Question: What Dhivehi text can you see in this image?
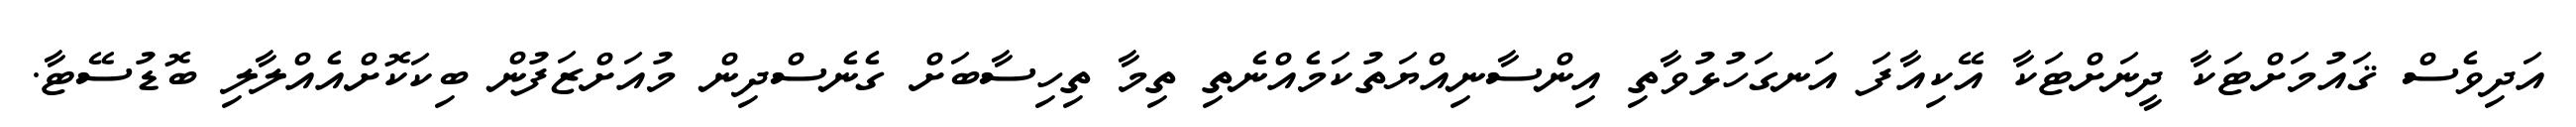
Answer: އަދިވެސް ޤައުމަށްޓަކާ ދީނަށްޓަކާ އޭކިއާފަ އަނގަހުޅުވާތި އިންސާނިއްޔަތުކަމެއްނެތި ތިމާ ތިހިސާބަށް ގެނެސްދިން މުއަށްޒަފުން ބިކަކޮށްއެއްލާލި ބޮޑުސޭޓާ.